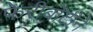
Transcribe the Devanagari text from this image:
फेरीबोटीने